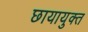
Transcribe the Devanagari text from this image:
छायायुक्‍त